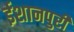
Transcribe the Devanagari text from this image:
ईशानपुरी